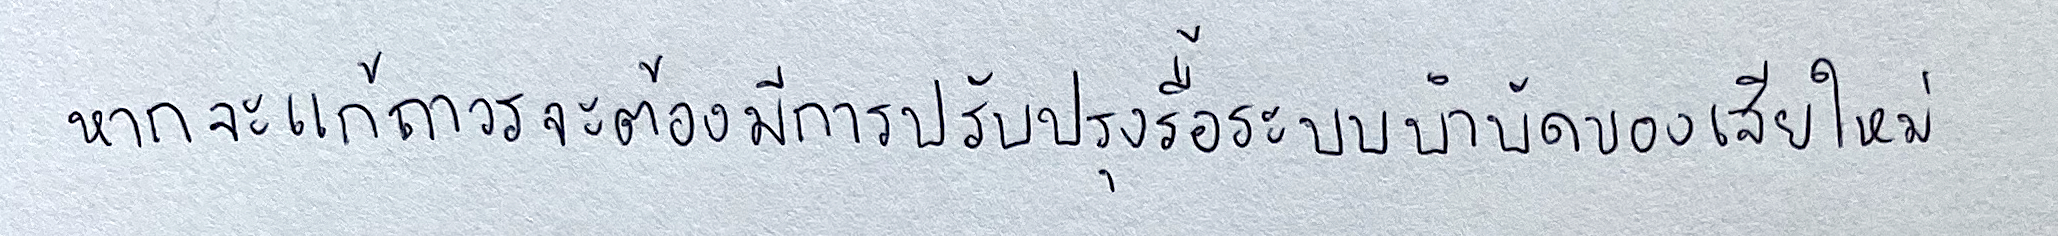
หากจะแก้ถาวรจะต้องมีการปรับปรุงรื้อระบบบำบัดของเสียใหม่